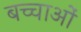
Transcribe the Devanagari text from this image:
बच्चाओं